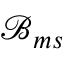
\mathcal { B } _ { m s }